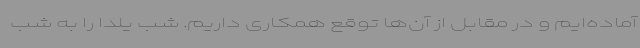
آماده‌ایم و در مقابل از آن‌ها توقع همکاری داریم. ‌شب یلدا را به شب